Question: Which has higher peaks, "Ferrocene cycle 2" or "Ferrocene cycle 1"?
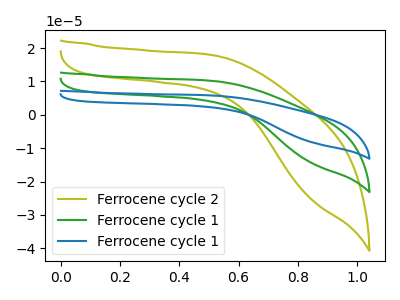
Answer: <think>The olive curve "Ferrocene cycle 2" has no peaks. The green curve "Ferrocene cycle 1" has no peaks. The blue curve "Ferrocene cycle 1" has no peaks.</think>
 <answer>Niether CV has any peaks.</answer>
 <eval>blanks</eval>